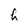
Character: h